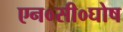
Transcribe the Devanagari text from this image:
एन०सी०घोष